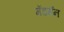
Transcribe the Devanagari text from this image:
मॅडमॅन